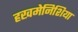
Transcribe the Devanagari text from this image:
हखमेनिशिया